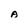
Character: A